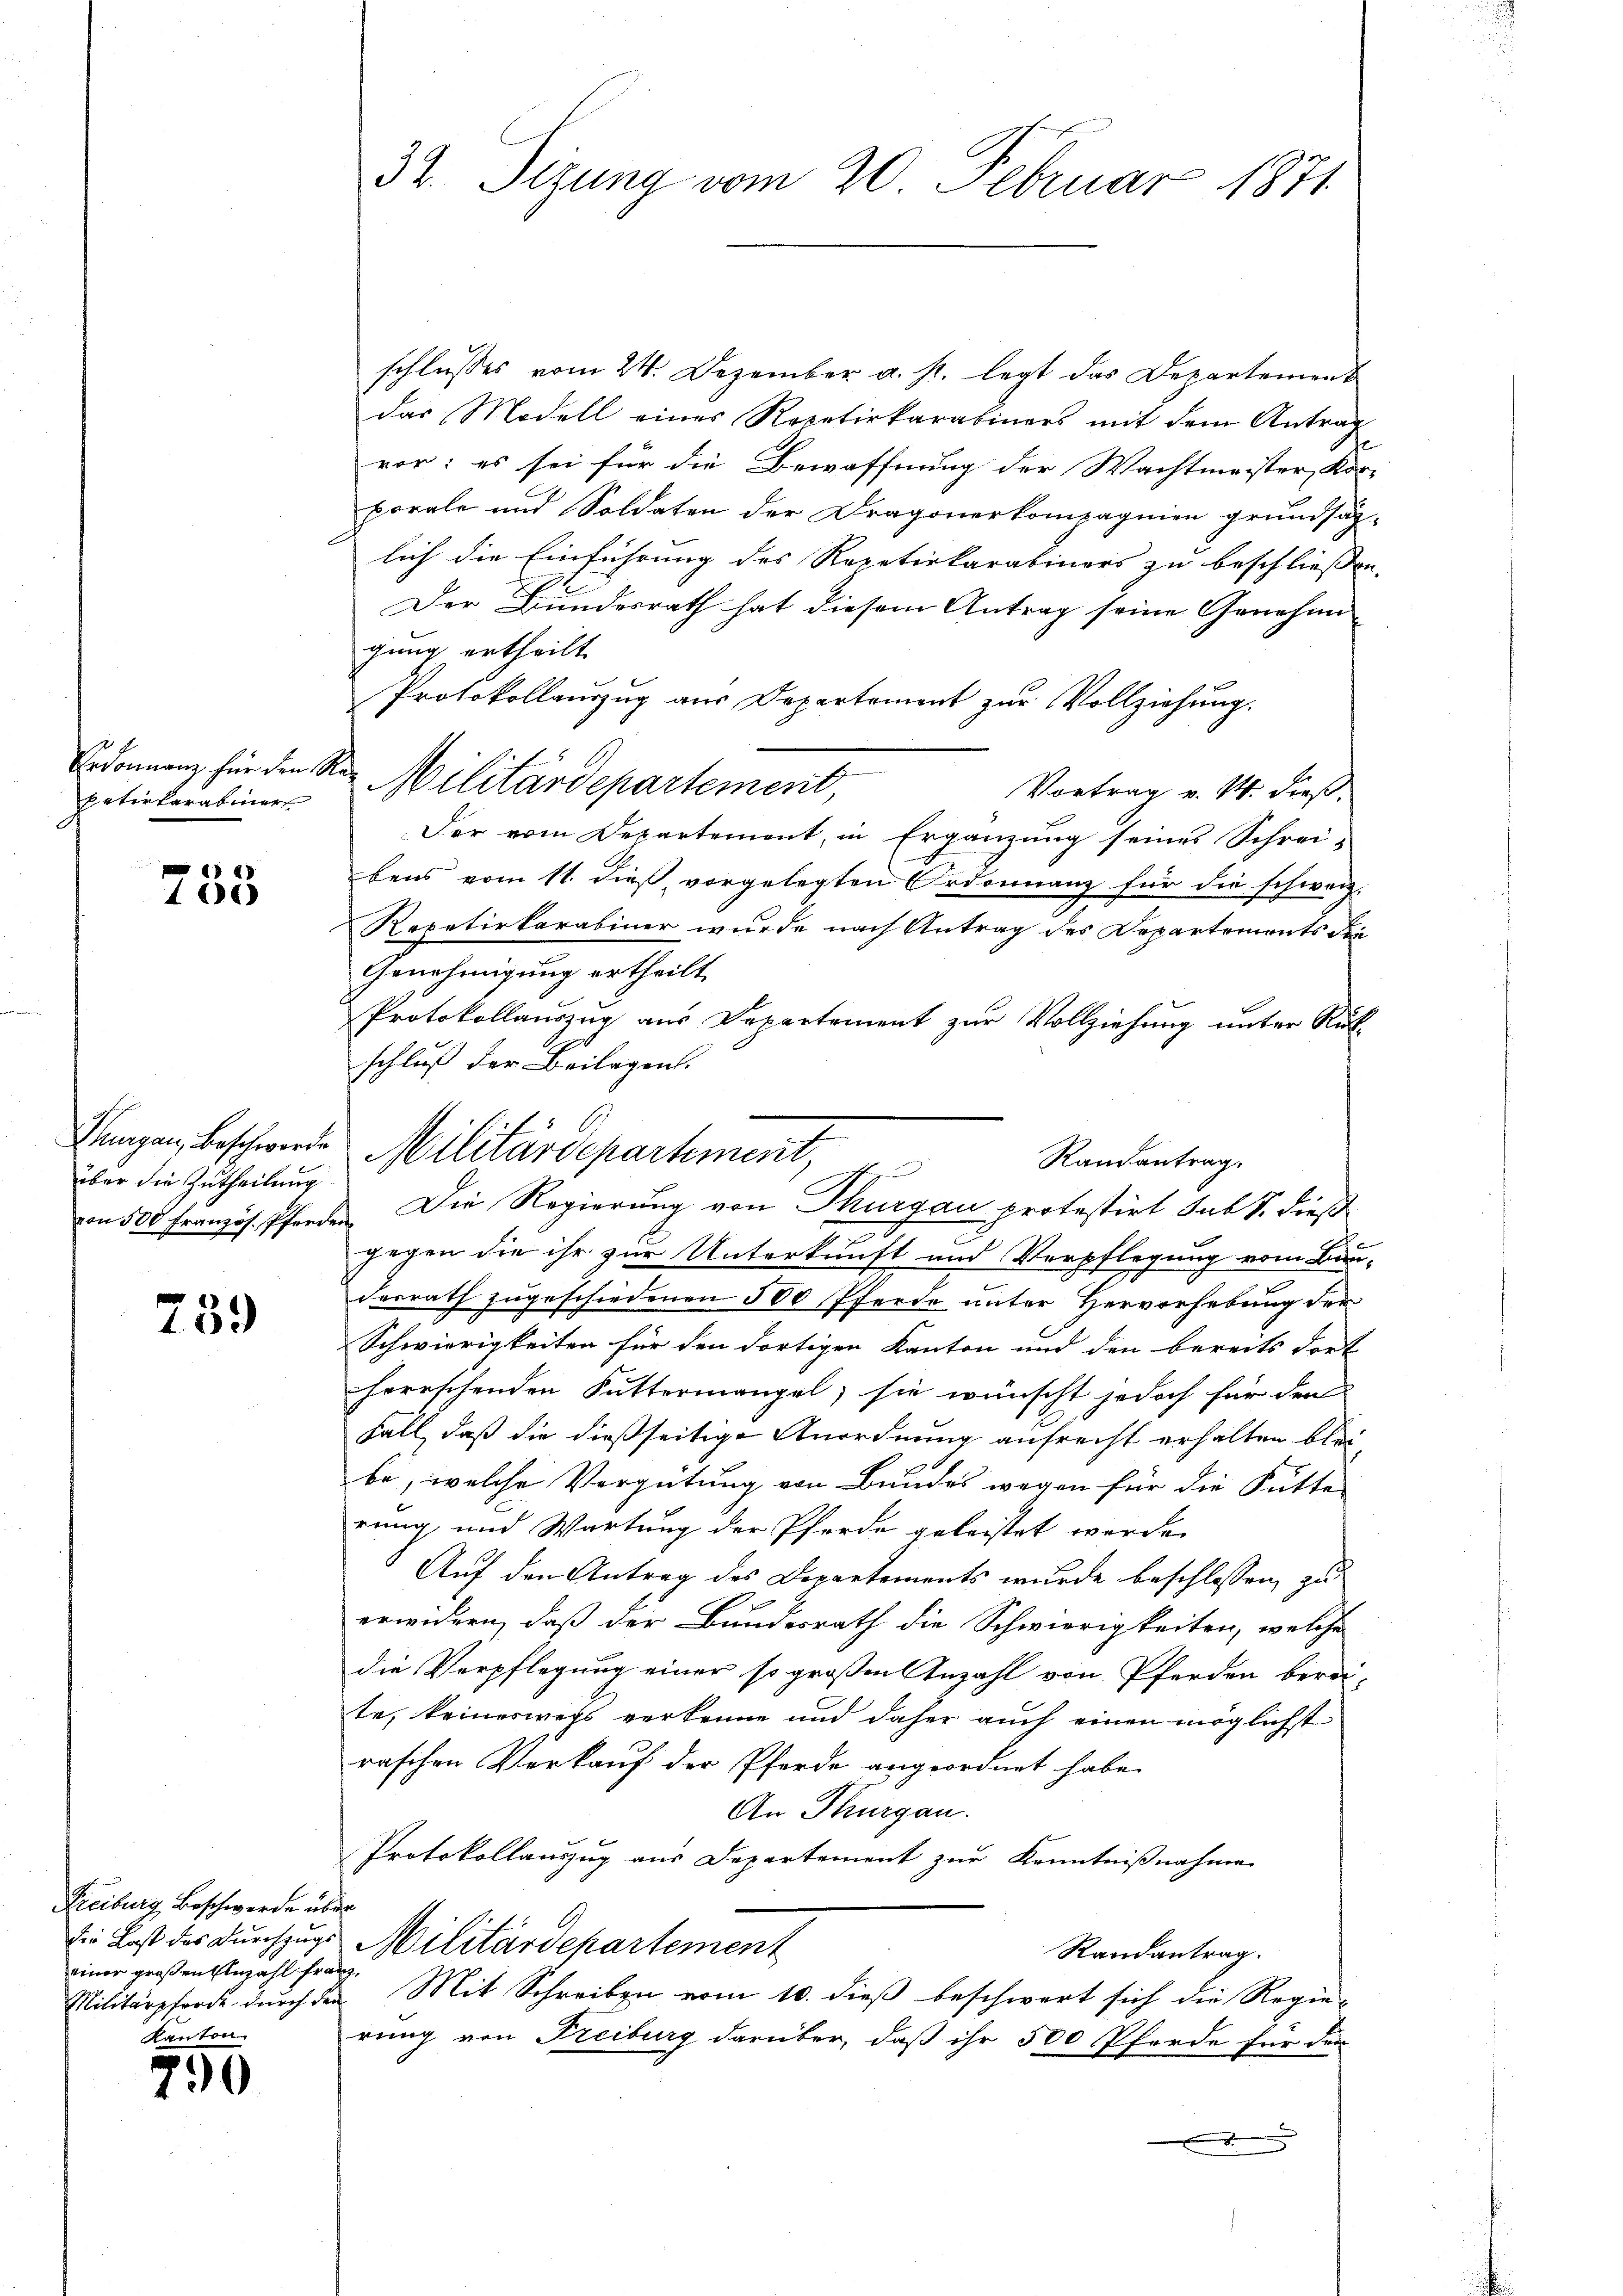
Ordonnanz für den S.
petirkarabiner

2)
10

ungau, Beschwerde
über die Zutheilung
von 500 Französ. Pferde.

739

Freiburg, Beschwerde über
die Last des Durchzuge
einer großen Anzahl fra

Kanton
790

32. Sizung vom 20. Februar 1871

schlusses vom 24. Dezember a. p. legt das Departement
das Modell eines Repetirkarabiners mit dem Antrag
vor; es sei für die Bewaffnung der Wachtmeister, Kor-
porale und Soldaten der Dragonerkompagnien grundsäg-
lich die Einführung des Repetirkarabiners zu beschließen.
Der Bundesrath hat diesem Antrag seine Genehmigung ertheilt.
Protokollauszug aus Departement zur Vollziehung.
s
Militärdepartement,
Vortrag v. M. dieß.
Der vom Departement, in Ergänzung seines Schrei-
bens vom 11. dieß, vorgelegten Ordonnanz für die schweiz.
Repetirkarabiner wurde nach Antrag des Departements die
Genehmigung ertheilt
Protokollaŭszŭg aŭs Departement zŭr Vollziehŭng ŭnter Rück-
schluß der Beilagen.
& Die Regierung von Thurgau protestirt sub S. dieß
gegen die ihr zur Unterkunft und Verpflegung vom Bau-
derrath zugeschiedenen 500 Pferde unter Hervorhebung der
Schwierigkeiten für den dortigen Kanton und den bereits dort
herrschenden Futtermangel, sie wünscht jedoch für dem
Fall, daß die dießseitige Anordnung aufrecht erhalten bleibe, welche Vergütung von Bundes wegen für die Futte
rung und Wartung der Pferde geleistet werde.
Auf den Antrag des Departements wurde beschlossen, zu
erwidern, daß der Bundesrath die Schwierigkeiten, welche
die Verpflegung einer so großen Anzahl von Pferden berei-
te, keineswegs verkenne und daher auch einen möglichst
raschen Verkauf der Pferde angeordnet habe.
An Thurgau.
Protokollauszug aus Departement zur Kenntnißnahme
.
f
Militärdepartement
Randantrag.
de
Militärpforde dŭrch der Mit Schreiben vom 10. dieβ beschwert sich die Regie-
rung von Freiburg darüber, daß ihr 500 Pferde für der

Militärdepartement, p
Randantrag.